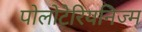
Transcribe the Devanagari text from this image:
पोलोटेरियनिज्म